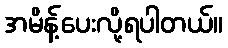
အမိန့်ပေးလို့ရပါတယ်။